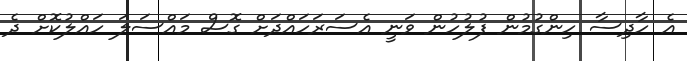
އެ ހާދިސާ ހިންގުމުން ފުލުހުން ވަނީ އެސަރަހައްދަށް ގޮސް މައްސަލަ ހައްލުކޮށް ދެ